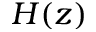
H ( z )